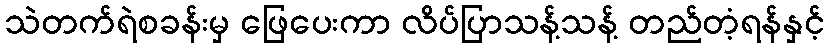
သဲတက်ရဲစခန်းမှ ဖြေပေးကာ လိပ်ပြာသန့်သန့် တည်တံ့ရန်နှင့်